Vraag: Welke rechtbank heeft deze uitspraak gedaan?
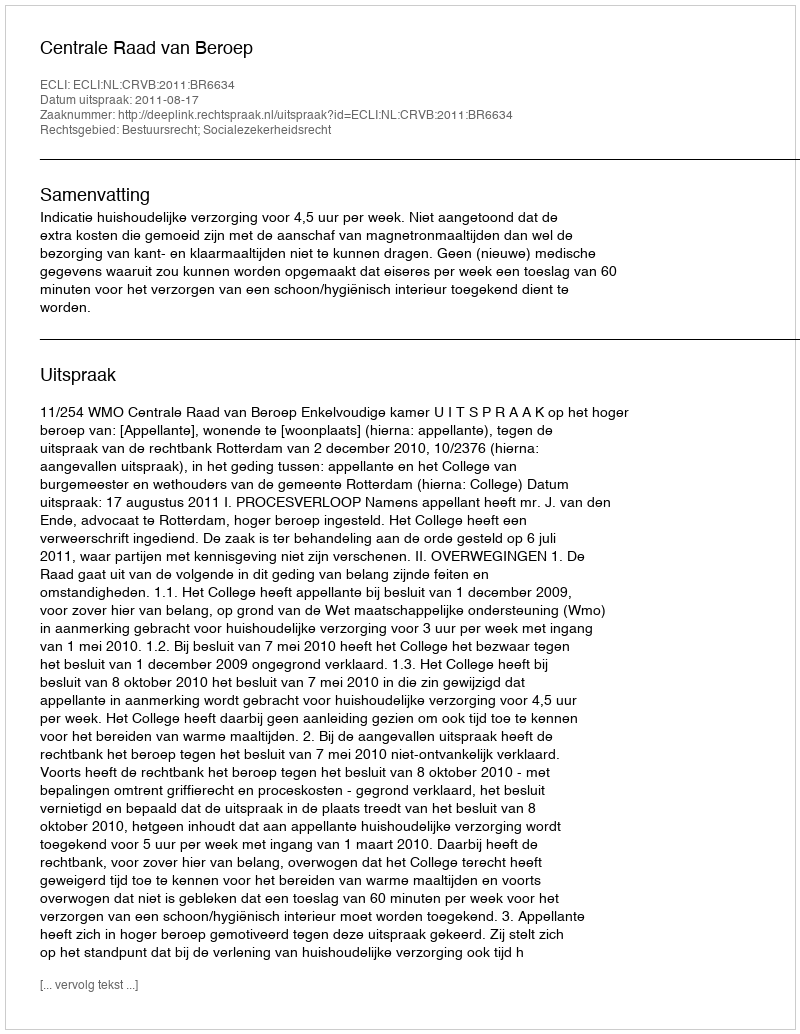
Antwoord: Centrale Raad van Beroep